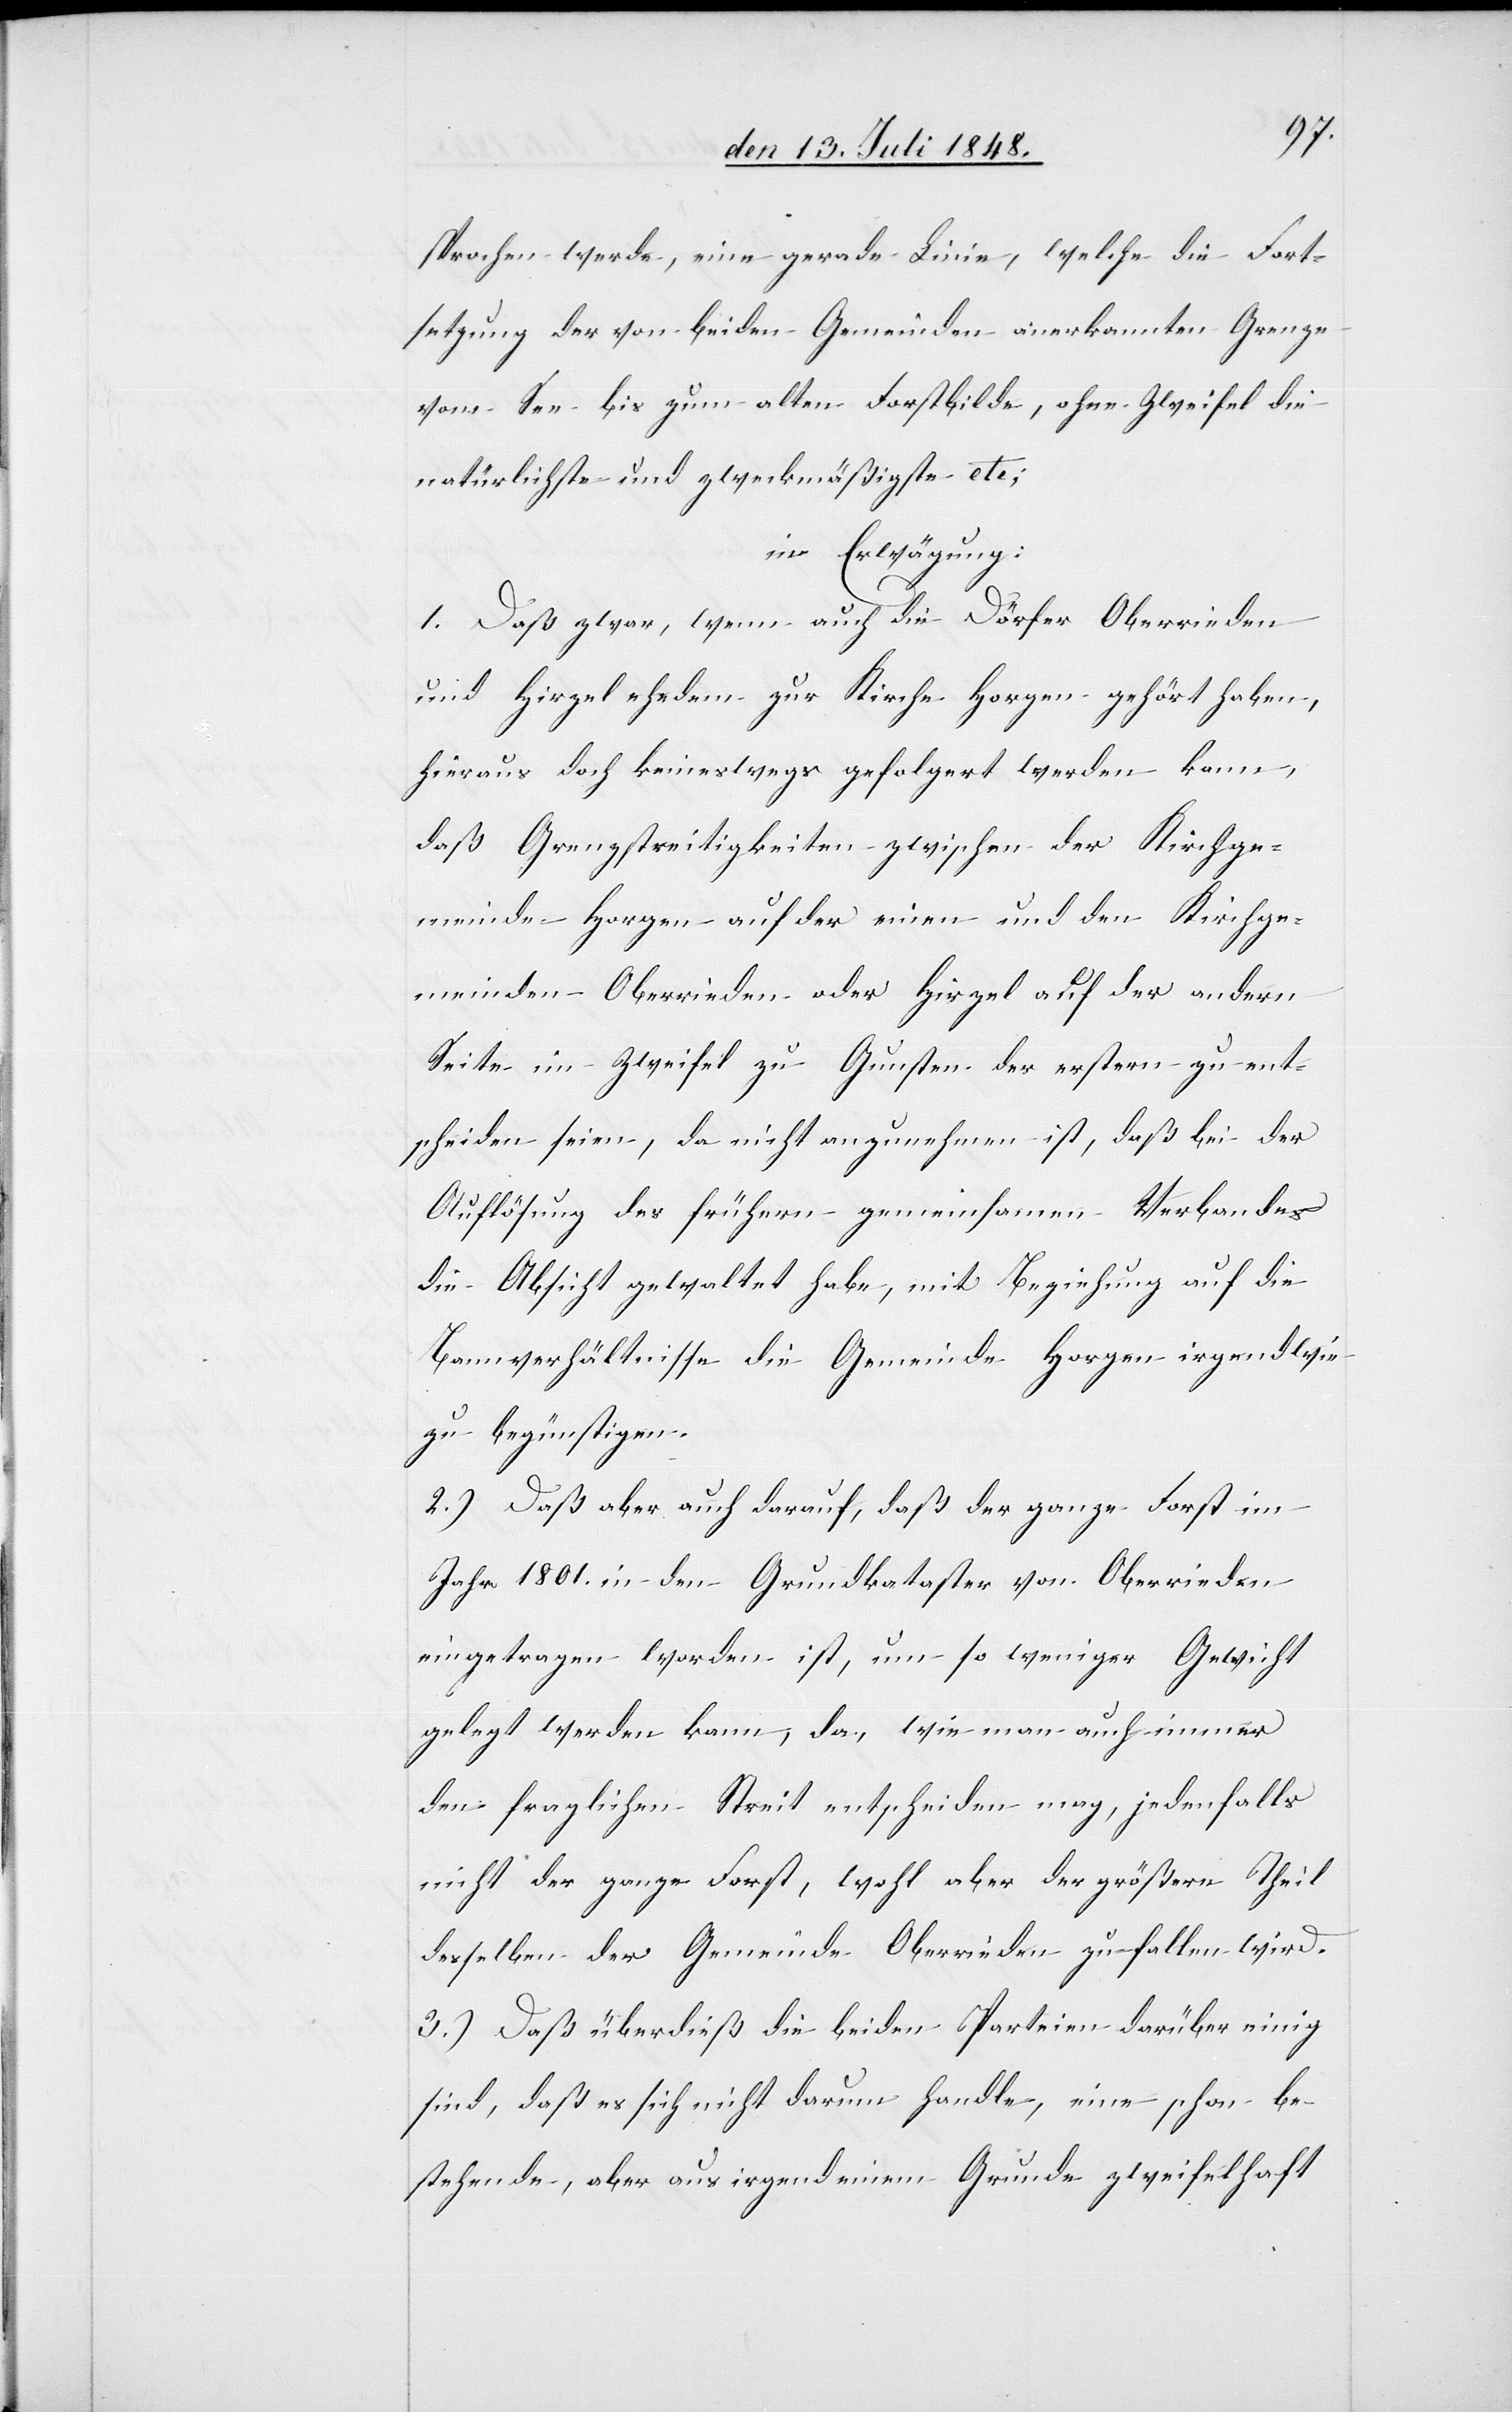
sehen werde, eine gerade Linie, welche die Fort¬
setzung der von beiden Gemeinden anerkannten Grenze
vom See bis zum alten Forstbilde, ohne Zweifel die
natürlichste und zweckmäßigste etc.
in Erwägung:
1. Daß zwar, wenn auch die Dörfer Oberrieden
und Hirzel ehedem zur Kirche Horgen gehört haben,
hieraus doch keineswegs gefolgert werden kann,
daß Grenzstreitigkeiten zwischen der Kirchge¬
meinde Horgen auf der einen und den Kirchge¬
meinden Oberrieden oder Hirzel auf der andern
Seite im Zweifel zu Gunsten der erstern zu ent¬
scheiden seien, da nicht anzunehmen ist, daß bei der
Auflösung des frühern gemeinsamen Verbandes
die Absicht gewaltet habe, mit Beziehung auf die
Bannverhältnisse die Gemeinde Horgen irgendwie
zu begünstigen.
2.) Daß aber auch darauf, daß der ganze Forst im
Jahr 1801. in den Grundkataster von Oberrieden
eingetragen worden ist, um so weniger Gewicht
gelegt werden kann, da, wie man auch immer
den fraglichen Streit entscheiden mag, jedenfalls
nicht der ganze Forst, wohl aber der größere Theil
desselben der Gemeinde Oberrieden zufallen wird.
3.) Daß überdieß die beiden Parteien darüber einig
sind, daß es sich nicht darum handle, eine schon be¬
stehende, aber aus irgend einem Grunde zweifelhaft